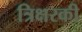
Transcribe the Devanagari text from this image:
त्रिक्षरकी